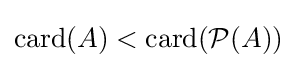
\operatorname {card} (A)<\operatorname {card} ({\mathcal {P}}(A))